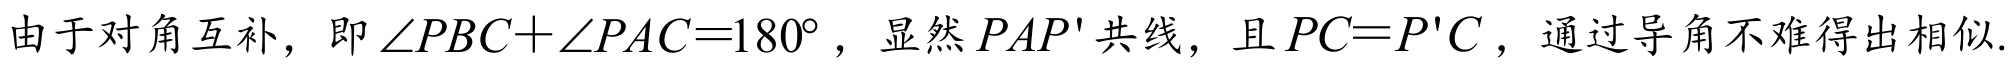
由于对角互补，即\(\angle PBC + \angle PAC = 180^{\circ}\)，显然\(PAP'\)共线，且\(PC = P'C\)，通过导角不难得出相似.